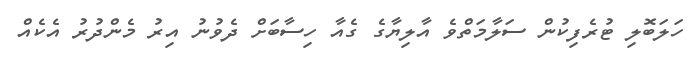
ހަލަބޮލި ޓުރެފިކުން ސަލާމަތްވެ އާލިޔާގެ ގެއާ ހިސާބަށް ދެވުނު އިރު މެންދުރު އެކެއް